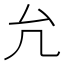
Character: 𠘭